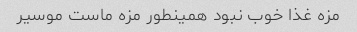
مزه غذا خوب نبود همینطور مزه ماست موسیر